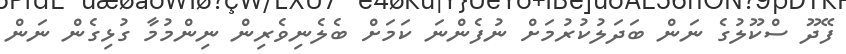
ފޭދޫ ސްކޫލުގެ ނަން ބަދަލުކުރުމަށް ނުފެންނަ ކަމަށް ބެލެނިވެރިން ނިންމުމާ ގުޅިގެން ނަން